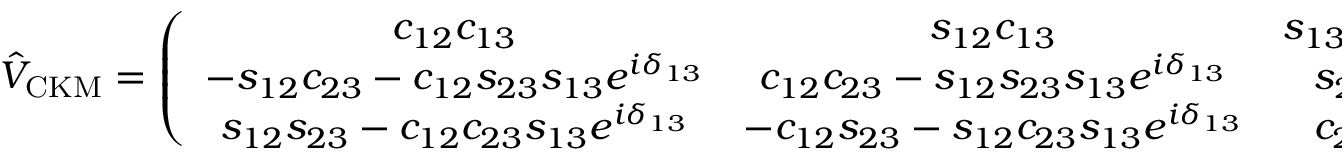
\hat { V } _ { \mathrm { C K M } } = \left( \begin{array} { c c c } { { c _ { 1 2 } c _ { 1 3 } } } & { { s _ { 1 2 } c _ { 1 3 } } } & { { s _ { 1 3 } e ^ { - i \delta _ { 1 3 } } } } \\ { { - s _ { 1 2 } c _ { 2 3 } - c _ { 1 2 } s _ { 2 3 } s _ { 1 3 } e ^ { i \delta _ { 1 3 } } } } & { { c _ { 1 2 } c _ { 2 3 } - s _ { 1 2 } s _ { 2 3 } s _ { 1 3 } e ^ { i \delta _ { 1 3 } } } } & { { s _ { 2 3 } c _ { 1 3 } } } \\ { { s _ { 1 2 } s _ { 2 3 } - c _ { 1 2 } c _ { 2 3 } s _ { 1 3 } e ^ { i \delta _ { 1 3 } } } } & { { - c _ { 1 2 } s _ { 2 3 } - s _ { 1 2 } c _ { 2 3 } s _ { 1 3 } e ^ { i \delta _ { 1 3 } } } } & { { c _ { 2 3 } c _ { 1 3 } } } \end{array} \right) ,